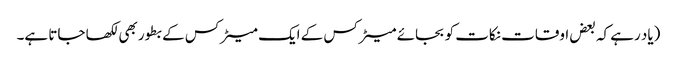
(یاد رہے کہ بعض اوقات نکات کو بجائے میٹرکس کے ایک میٹرکس کے بطور بھی لکھا جاتا ہے۔